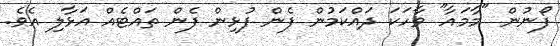
ފޯނުން "މާމައާ" ވާހަކަ ދައްކަމުން ފެން ފުޅިން ފެން ތައްޓެއް އަޅާލި އެވެ.